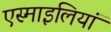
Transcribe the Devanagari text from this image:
एस्माइलियां